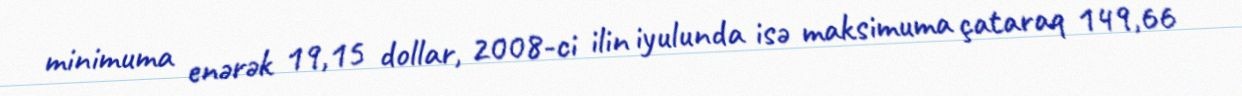
minimuma enərək 19,15 dollar, 2008-ci ilin iyulunda isə maksimuma çataraq 149,66